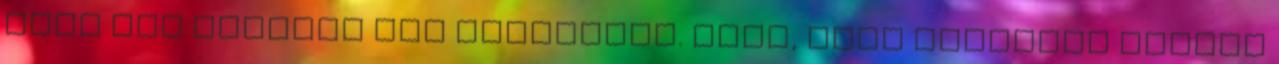
csak egy dologra nem számított. Arra, hogy Simicska újbóli